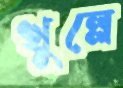
খুল্লে